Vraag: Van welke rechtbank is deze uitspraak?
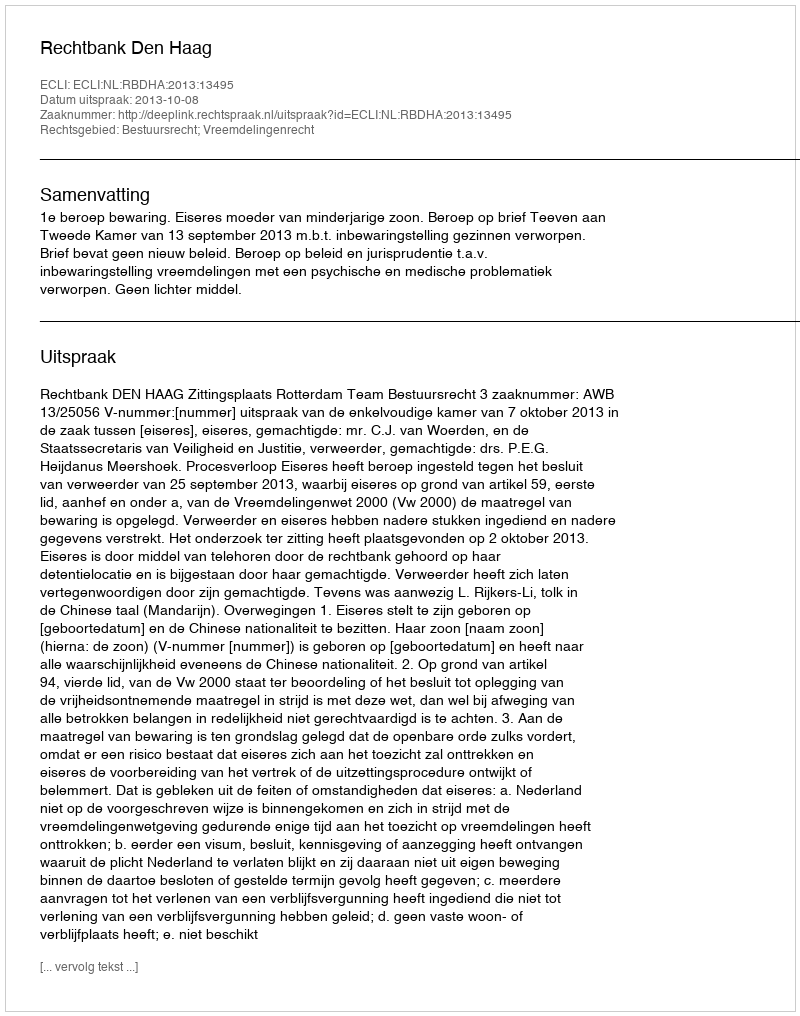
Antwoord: Rechtbank Den Haag